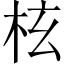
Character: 𣐙